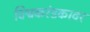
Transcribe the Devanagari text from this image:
विश्वकरंडकावर